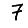
Digit: 7